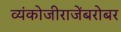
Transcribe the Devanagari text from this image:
व्यंकोजीराजेंबरोबर